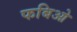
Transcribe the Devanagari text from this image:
फबिओ